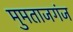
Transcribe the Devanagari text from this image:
मुमताजगंज